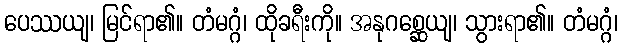
ပေဿယျ၊ မြင်ရာ၏။ တံမဂ္ဂံ၊ ထိုခရီးကို။ အနုဂစ္ဆေယျ၊ သွားရာ၏။ တံမဂ္ဂံ၊